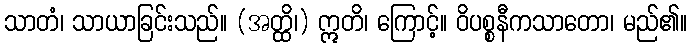
သာတံ၊ သာယာခြင်းသည်။ (အတ္ထိ၊) ဣတိ၊ ကြောင့်။ ဝိပစ္စနီကသာတော၊ မည်၏။